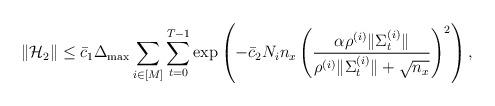
LaTeX: \begin{align*}\|\mathcal{H}_2\| \leq \bar{c}_1\Delta_{\max} \sum_{i \in [M] }\sum_{t=0}^{T-1} \exp\left(-\bar{c}_2 N_in_x \left(\frac{\alpha \rho^{(i)} \|\Sigma^{(i)}_t\|}{\rho^{(i)}\|\Sigma^{(i)}_t\| + \sqrt{n_x} }\right)^2\right) ,\end{align*}